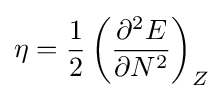
\eta ={\frac {1}{2}}\left({\frac {\partial ^{2}E}{\partial N^{2}}}\right)_{Z}